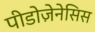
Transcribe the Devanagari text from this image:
पीडोज़ेनेसिस